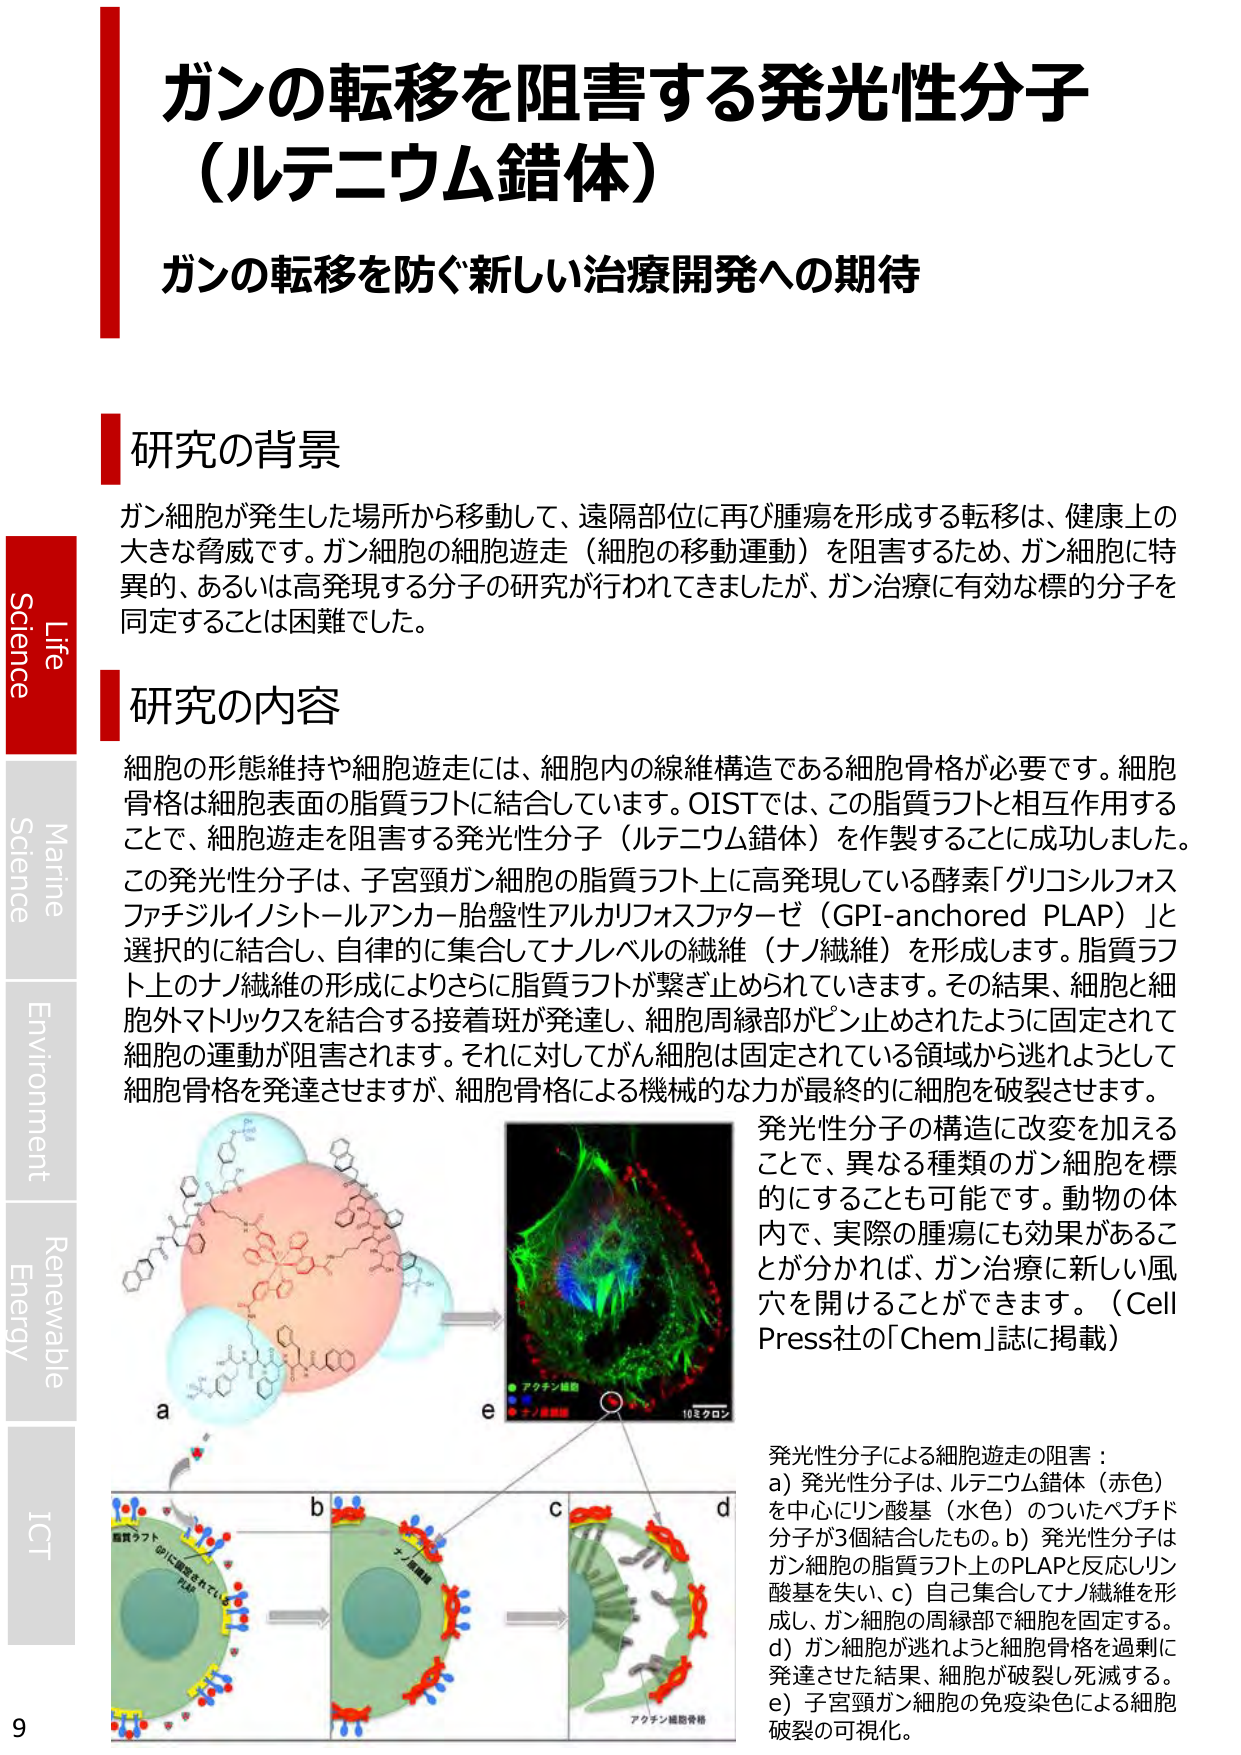
ガンの転移を阻害する発光性分子
（ルテニウム錯体）
ガンの転移を防ぐ新しい治療開発への期待

研究の背景
ガン細胞が発生した場所から移動して、遠隔部位に再び腫瘍を形成する転移は、健康上の大きな脅威です。ガン細胞の細胞遊走（細胞の移動運動）を阻害するため、ガン細胞に特異的、あるいは高発現する分子の研究が行われてきましたが、ガン治療に有効な標的分子を同定することは困難でした。

研究の内容
細胞の形態維持や細胞遊走には、細胞内の線維構造である細胞骨格が必要です。細胞骨格は細胞表面の脂質ラフトに結合しています。OISTでは、この脂質ラフトと相互作用することで、細胞遊走を阻害する発光性分子（ルテニウム錯体）を作製することに成功しました。この発光性分子は、子宮頸ガン細胞の脂質ラフト上に高発現している酵素「グリコシルフォスファチジルイノシトールアンカー胎盤性アルカリフォスファターゼ（GPI-anchored PLAP）」と選択的に結合し、自律的に集合してナノレベルの繊維（ナノ繊維）を形成します。脂質ラフト上のナノ繊維の形成によりさらに脂質ラフトが繋ぎ止められてきます。その結果、細胞と細胞外マトリックスを結合する接着斑が発達し、細胞周縁部がピン止めされたように固定されて細胞の運動が阻害されます。それに対してがん細胞は固定されている領域から逃れようとして細胞骨格を発達させますが、細胞骨格による機械的な力が最終的に細胞を破裂させます。

発光性分子の構造に改変を加えることで、異なる種類のガン細胞を標的にすることも可能です。動物の体内で、実際の腫瘍にも効果があることが分かれば、ガン治療に新しい風穴を開けることができます。（Cell Press社の「Chem」誌に掲載）

発光性分子による細胞遊走の阻害：
a）発光性分子は、ルテニウム錯体（赤色）を中心にリン酸基（水色）のついたペプチド分子が3個結合したもの。
b）発光性分子はガン細胞の脂質ラフト上のPLAPと反応しリン酸基を失い、
c）自己集合してナノ繊維を形成し、ガン細胞の周縁部で細胞を固定する。
d）ガン細胞が逃れようと細胞骨格を過剰に発達させた結果、細胞が破裂し死滅する。
e）子宮頸ガン細胞の免疫染色による細胞破裂の可視化。

Life
Science
Marine
Science
Environment
Renewable
Energy
ICT
9

a
b
c
d
e
アクトチン細胞骨格
ナノ繊維
脂質ラフト
PLAP
10ミクロン
アクトチン細胞骨格